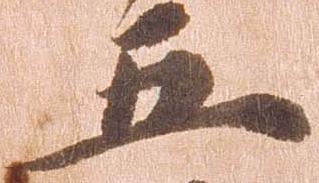
五